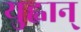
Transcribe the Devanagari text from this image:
युह्वान्